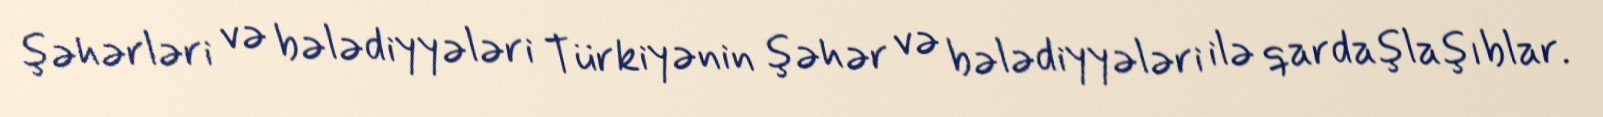
şəhərləri və bələdiyyələri Türkiyənin şəhər və bələdiyyələri ilə qardaşlaşıblar.